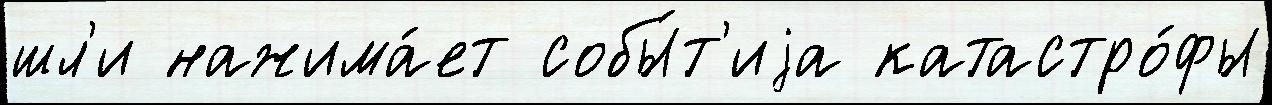
шл'и нажима́ет собы́т'иjа катастро́фы